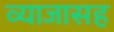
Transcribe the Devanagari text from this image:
व्याजासह